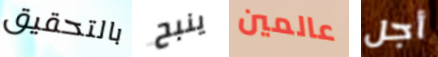
بالتحقيق ينبح عالمين أجل